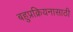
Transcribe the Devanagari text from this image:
बहुप्रक्रियनासाठी